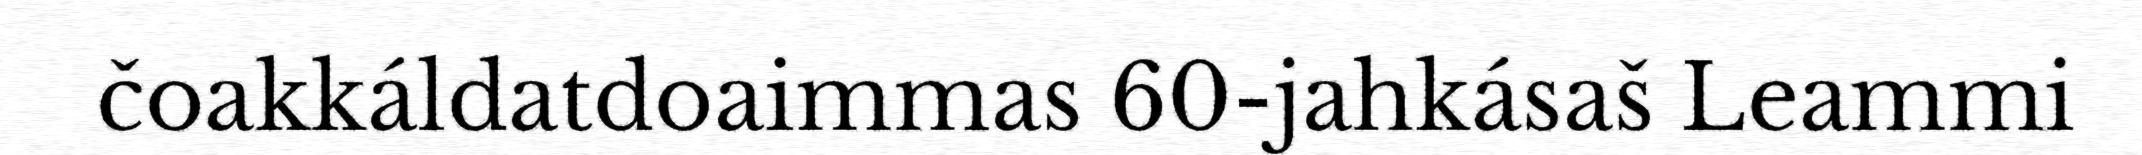
čoakkáldatdoaimmas 60-jahkásaš Leammi